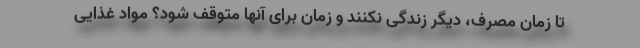
تا زمان مصرف، دیگر زندگی نکنند و زمان برای آنها متوقف شود؟ مواد غذایی